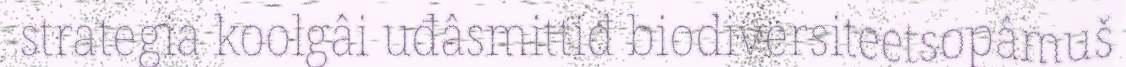
strategia koolgâi uđâsmittiđ biodiversiteetsopâmuš